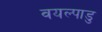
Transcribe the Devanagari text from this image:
वयल्पाडु